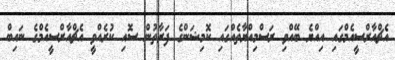
އެޗްއާރްސީއެމްގައި އިއްޔެ ބޭއްވި ރަސްމިއްޔާތެއްގައި ކޮމިޝަންގެ ފަރާތުން ސޮއި ކުރެއްވީ އެޗްއާރްސީއެމްގެ ނައިބް